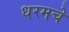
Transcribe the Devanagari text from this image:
धरमचे